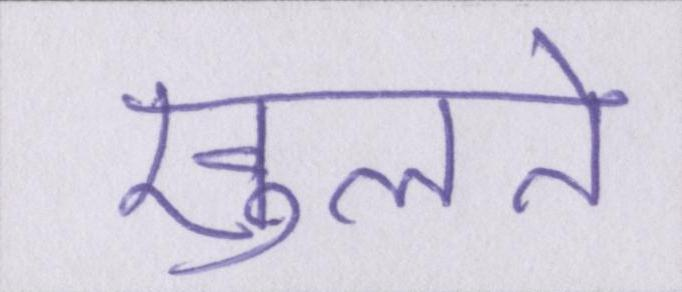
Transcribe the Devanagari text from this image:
खुलते